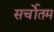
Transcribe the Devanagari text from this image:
सर्चोतम